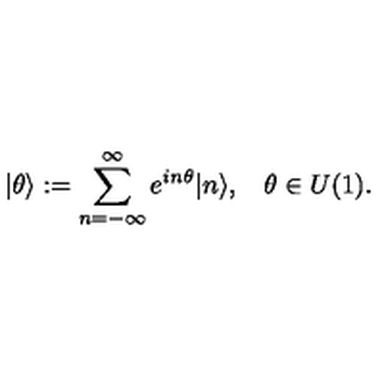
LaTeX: \vert \theta \rangle : = \sum _ { n = - \infty } ^ { \infty } e ^ { i n \theta } \vert n \rangle , \: \: \: \: \theta \in U ( 1 ) .